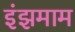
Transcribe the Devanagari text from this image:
इंझमाम